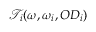
\mathcal { T } _ { i } ( \omega , \omega _ { i } , O D _ { i } )